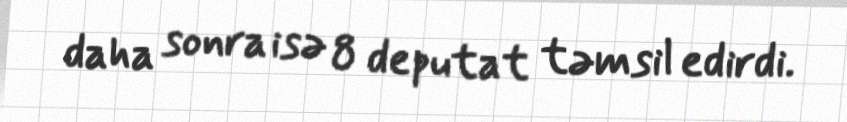
daha sonra isə 8 deputat təmsil edirdi.